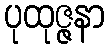
ပုထုဇ္ဇနာ